Leaving Certificate Examination, 1904
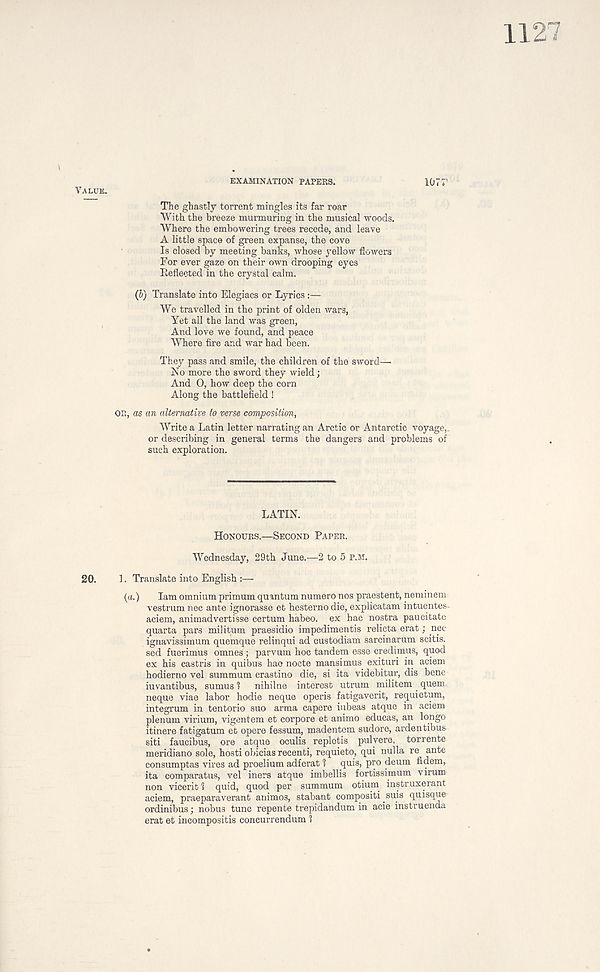
EXAMINATION PAPERS.
VALUE.
The ghastly torrent mingles its far roar
With the breeze murmuring in the musical woods.
Where the embowering trees recede, and leave
A little space of green expanse, the cove
Is closed by meeting banks, whose yellow flowers
For ever gaze on their own drooping eyes
Beflected in the crystal calm.
(b) Translate into Elegiacs or Lyrics:—
We travelled in the print of olden wars,
Yet all the land was green,
And love we found, and peace
Where fire and war had been.
They pass and smile, the children of the sword—
No more the sword they wield;
And O, how deep the corn
Along the battlefield!
OR, as an alternative to verse composition.
Write a Latin letter narrating an Arctic or Antarctic voyage,
or describing in general terms the dangers and problems of
such exploration.
LATIN.
HONOURS.—SECOND PAPER.
Wednesday, 29th June.—2 to 5 P.M.
20.
1. Translate into English :—
{a.)
lam omnium primum quantum numero nos praestent, neminem
vestrum nec ante ignorasse et hesterno die, explicatam intuentes-
aciem, animadvertisse certum habeo. ex hac nostra paucitate
quarta pars militum praesidio impedimentis relicta erat; nec
ignavissimum quemque relinqui ad custodiam sarcinarum scitis.
sed fuerimus omnes ; parvum hoc tandem esse credimus, quod
ex his castris in quibus hao nocte mansimus exituri in aciem
hodierno vel summum crastino die, si ita videbitur, dis bene
iuvantibus, sumus 1
nihilne interest utrum militem quern
neque viae labor hodie neque operis fatigaverit, requietum,
integrum in tentorio suo arma capere iubeas atque in aciem
plenum virium, vigentem et corpore et animo educas, an longo
itinere fatigatum et opere fessum, madentem sudore, ardentibus
siti faucibus, ore atque oculis repletis pulyere, torrente
meridiano sole, hosti obicias recenti, requieto, qui nulla re ante
consumptas vires ad proelium adferat 1
quis, pro deum fidem,
ita comparatus, vel iners atque imbellis fortissimum virum
non vicerit 1 quid, quod per summum otium instruxerant
aciem, praeparaverant animos, stabant compositi suis quisque
ordinibus; nobus tunc repente trepidandum in acie instruenda
erat et incompositis concurrendum 1